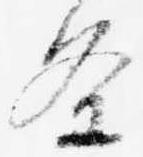
条